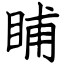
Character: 䀯